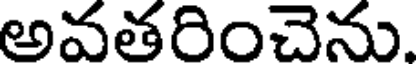
అవతరించెను.